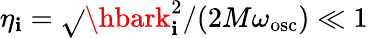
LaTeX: \eta_{\mathbf{i}}=\sqrt{}{{\hbark_{\mathbf{i}}^{2}/(2M\omega_{\mathrm{{osc}}})}}\ll1